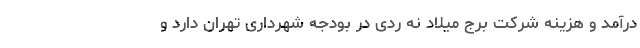
درآمد و هزینه شرکت برج میلاد نه ردی در بودجه شهرداری تهران دارد و